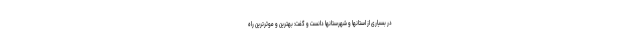
در بسیاری از استانها و شهرستانها دانست و گفت: بهترین و موثرترین راه